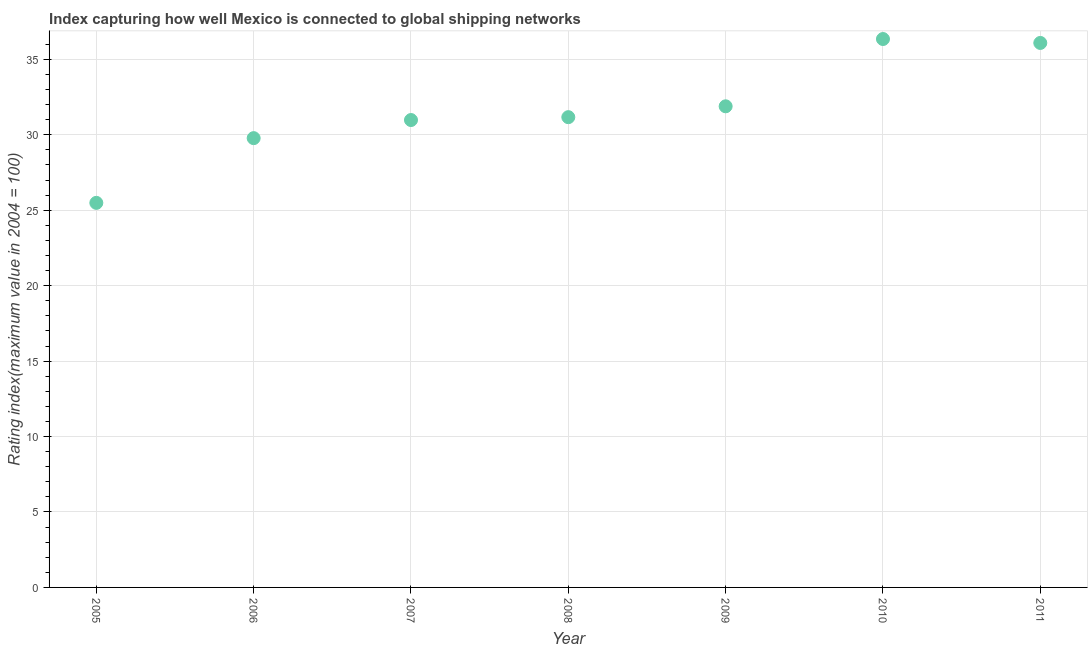
| Year | Liner shipping connectivity index  |
 | --- | --- |
 | 2005 | 25.5 |
 | 2006 | 29.8 |
 | 2007 | 31 |
 | 2008 | 31.2 |
 | 2009 | 31.9 |
 | 2010 | 36.4 |
 | 2011 | 36.1 |